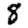
Digit: 8